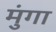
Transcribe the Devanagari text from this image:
मुंगा